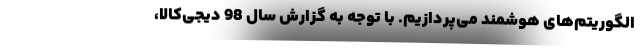
الگوریتم‌های هوشمند می‌پردازیم. با توجه به گزارش سال 98 دیجی‌کالا،